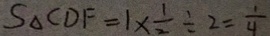
S _ { \Delta } C D F = 1 \times \frac { 1 } { 2 } \div 2 = \frac { 1 } { 4 }